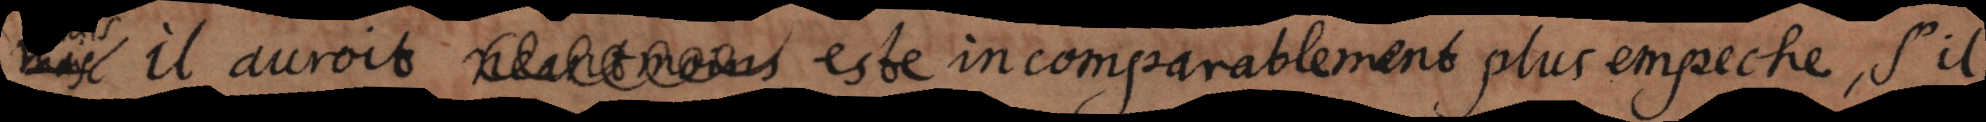
mais il auroit esté incomparablement plus empeché, s’il